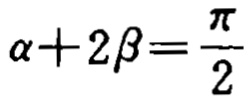
\(\alpha + 2\beta=\frac{\pi}{2}\)